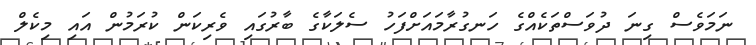
ނަމަވެސް ގިނަ ދުވަސްތަކެއްގެ ހަނގުރާމައަށްފަހު ސެލަކާގެ ބާރުގައި ވެރިކަން ކުރަމުން އައި މިކެލް